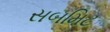
સબમિટ